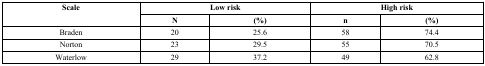
| <ROWSPAN=2> Scale | <COLSPAN=2> Low risk | <COLSPAN=2> High risk |
 | N | (%) | n | (%) |
 | --- | --- | --- | --- | --- |
 | Braden | 20 | 25.6 | 58 | 74.4 |
 | Norton | 23 | 29.5 | 55 | 70.5 |
 | Waterlow | 29 | 37.2 | 49 | 62.8 |